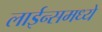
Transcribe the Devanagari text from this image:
लाईन्समध्ये